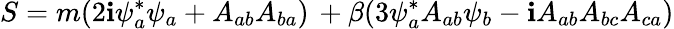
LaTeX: S=m(2\mathbf{i}\psi_{a}^{*}\psi_{a}+A_{ab}A_{ba})\, +\beta(3\psi_{a}^{*}A_{ab}\psi_{b}-\mathbf{i}A_{ab}A_{bc}A_{ca})